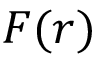
F ( \boldsymbol { r } )